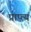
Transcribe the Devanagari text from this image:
प्राप्त्य